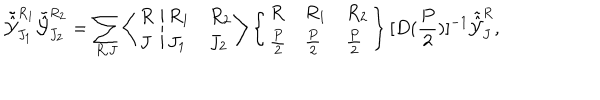
LaTeX: { \tilde { \hat { \cal Y } } } _ { J _ { 1 } } ^ { R _ { 1 } } { \tilde { \hat { \cal Y } } } _ { J _ { 2 } } ^ { R _ { 2 } } = \sum _ { R , J } \left\langle \begin{array} { l } { { R } } \\ { { J } } \\ \end{array} \right. \left| \begin{array} { l l } { { R _ { 1 } } } & { { R _ { 2 } } } \\ { { J _ { 1 } } } & { { J _ { 2 } } } \\ \end{array} \right\rangle \left\{ \begin{array} { l l l } { { R } } & { { R _ { 1 } } } & { { R _ { 2 } } } \\ { { \frac { P } { 2 } } } & { { \frac { P } { 2 } } } & { { \frac { P } { 2 } } } \\ \end{array} \right\} [ D ( \frac { P } { 2 } ) ] ^ { - 1 } { \tilde { \hat { \cal Y } } } _ { J } ^ { R } ,